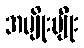
အမျိုးမျိုး